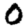
Digit: 0